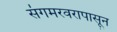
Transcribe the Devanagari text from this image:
संगमरवरापासून